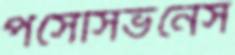
পসেসিভনেস